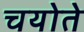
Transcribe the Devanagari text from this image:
चयोते